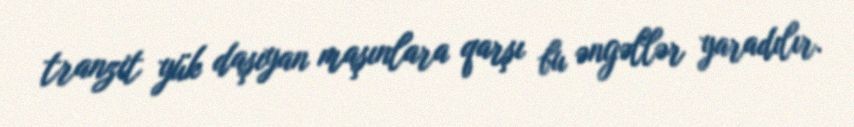
tranzit yük daşıyan maşınlara qarşı bu əngəllər yaradılır.